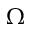
\Omega